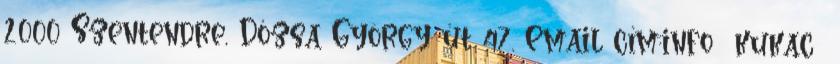
2000 Szentendre, Dózsa György út 47. Email cím:info kukac